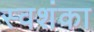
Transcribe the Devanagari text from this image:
स्वशंका